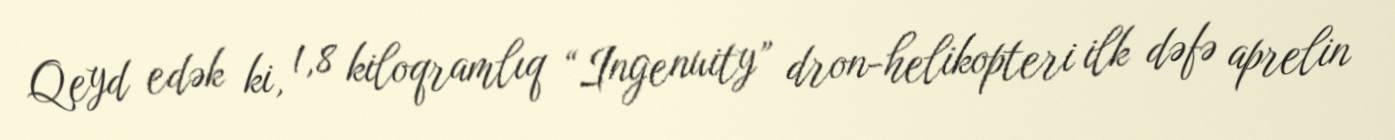
Qeyd edək ki, 1,8 kiloqramlıq “Ingenuity” dron-helikopteri ilk dəfə aprelin